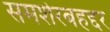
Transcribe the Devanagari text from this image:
समशेरबहद्दर